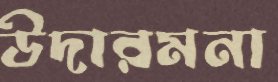
উদারমনা